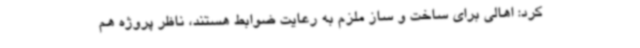
کرد: اهالی برای ساخت و ساز ملزم به رعایت ضوابط هستند، ناظر پروژه هم